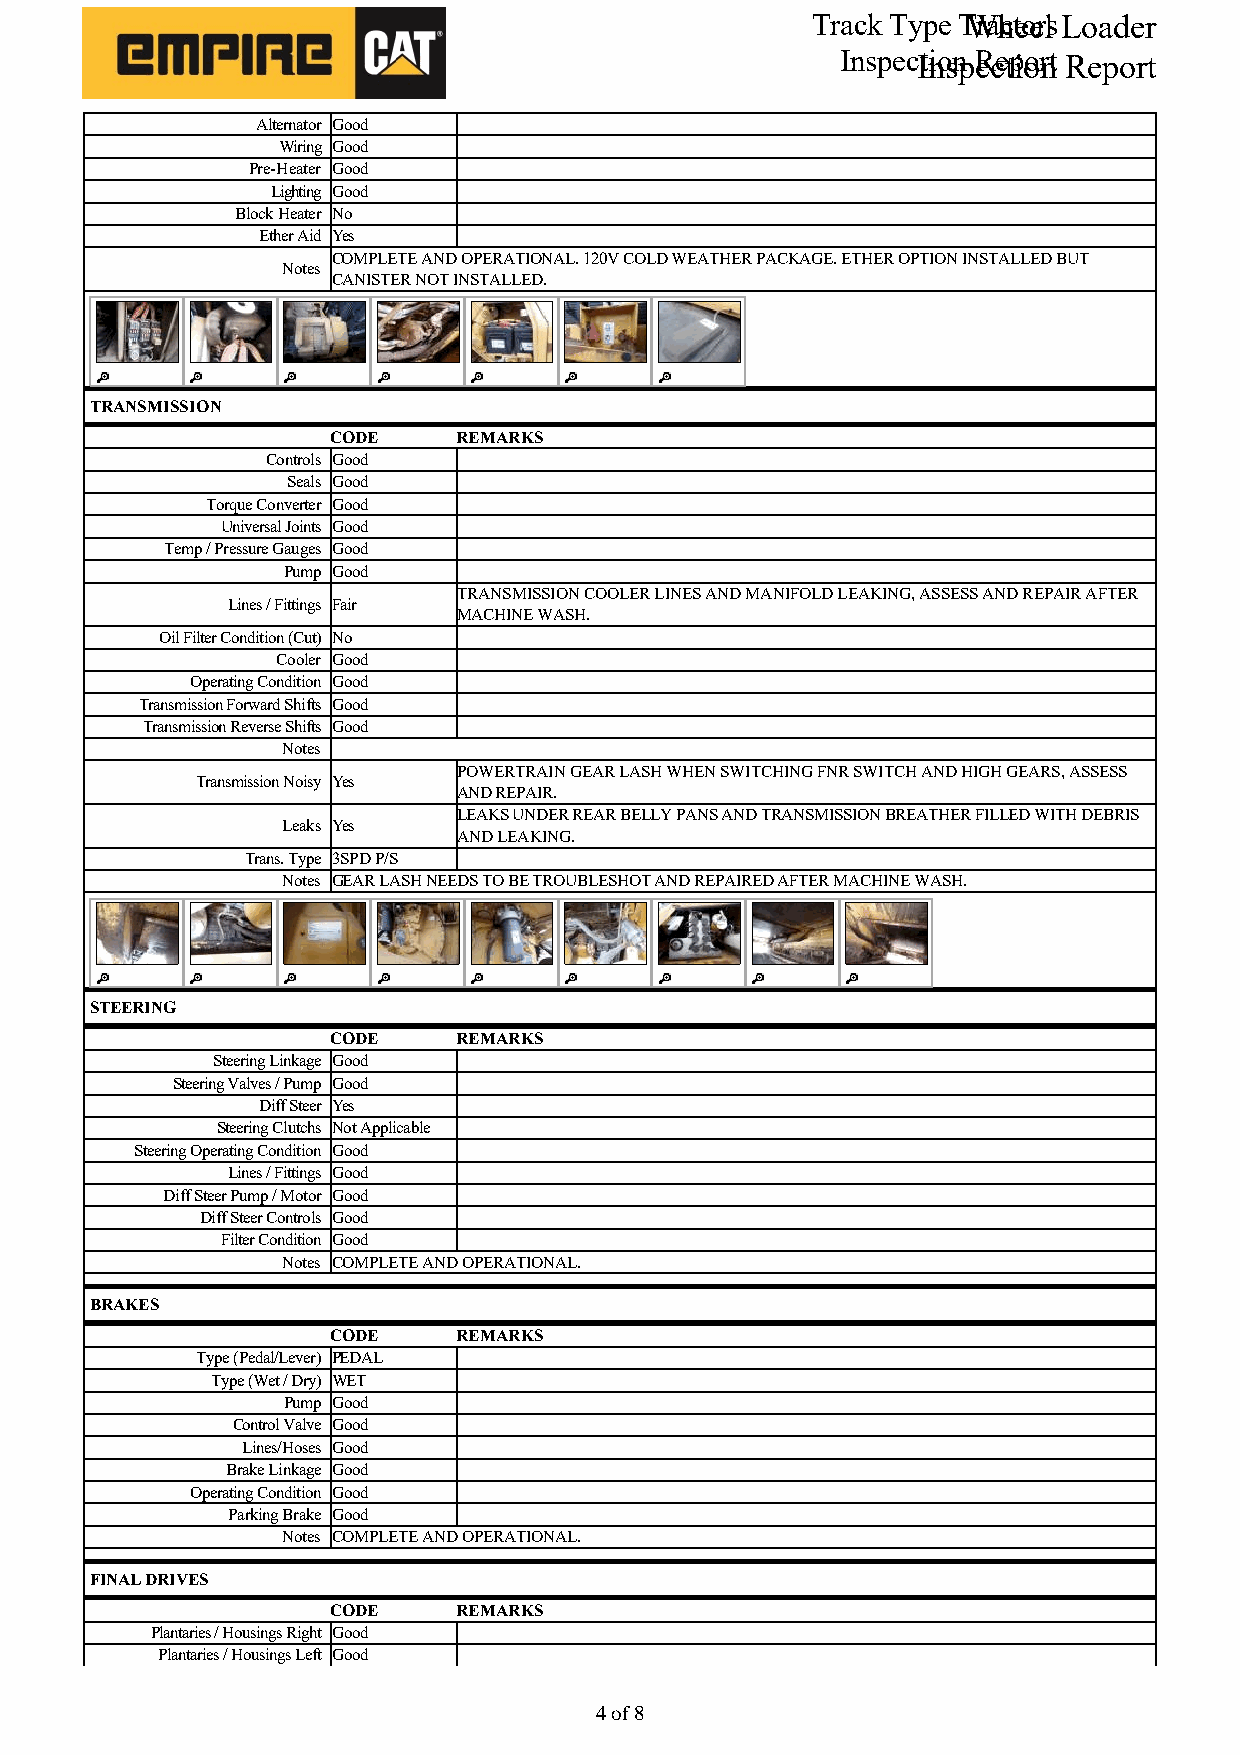
Track Type TWrahcteoerls Loader
 InspecItniosnp Recetpioornt Report
 Alternator Good
 Wiring Good
 Pre-Heater Good
 Lighting Good
 Block Heater No
 Ether Aid Yes
 COMPLETE AND OPERATIONAL. 120V COLD WEATHER PACKAGE. ETHER OPTION INSTALLED BUT
 Notes
 CANISTER NOT INSTALLED.
 TRANSMISSION
 CODE    REMARKS
 Controls Good
 Seals Good
 Torque Converter Good
 Universal Joints Good
 Temp / Pressure Gauges Good
 Pump Good
 TRANSMISSION COOLER LINES AND MANIFOLD LEAKING, ASSESS AND REPAIR AFTER
 Lines / Fittings Fair
 MACHINE WASH.
 Oil Filter Condition (Cut) No
 Cooler Good
 Operating Condition Good
 Transmission Forward Shifts Good
 Transmission Reverse Shifts Good
 Notes
 POWERTRAIN GEAR LASH WHEN SWITCHING FNR SWITCH AND HIGH GEARS, ASSESS
 Transmission Noisy Yes
 AND REPAIR.
 LEAKS UNDER REAR BELLY PANS AND TRANSMISSION BREATHER FILLED WITH DEBRIS
 Leaks Yes
 AND LEAKING.
 Trans. Type 3SPD P/S
 Notes GEAR LASH NEEDS TO BE TROUBLESHOT AND REPAIRED AFTER MACHINE WASH.
 STEERING
 CODE    REMARKS
 Steering Linkage Good
 Steering Valves / Pump Good
 Diff Steer Yes
 Steering Clutchs Not Applicable
 Steering Operating Condition Good
 Lines / Fittings Good
 Diff Steer Pump / Motor Good
 Diff Steer Controls Good
 Filter Condition Good
 Notes COMPLETE AND OPERATIONAL.
 BRAKES
 CODE    REMARKS
 Type (Pedal/Lever) PEDAL
 Type (Wet / Dry) WET
 Pump Good
 Control Valve Good
 Lines/Hoses Good
 Brake Linkage Good
 Operating Condition Good
 Parking Brake Good
 Notes COMPLETE AND OPERATIONAL.
 FINAL DRIVES
 CODE    REMARKS
 Plantaries / Housings Right Good
 Plantaries / Housings Left Good
 44 ooff 88